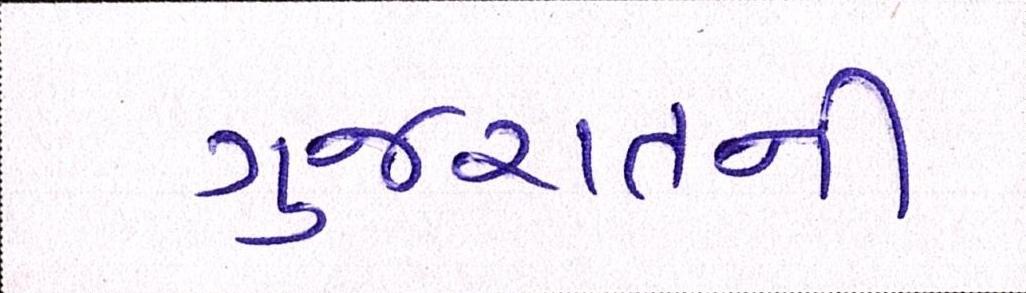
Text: ગુજરાતની